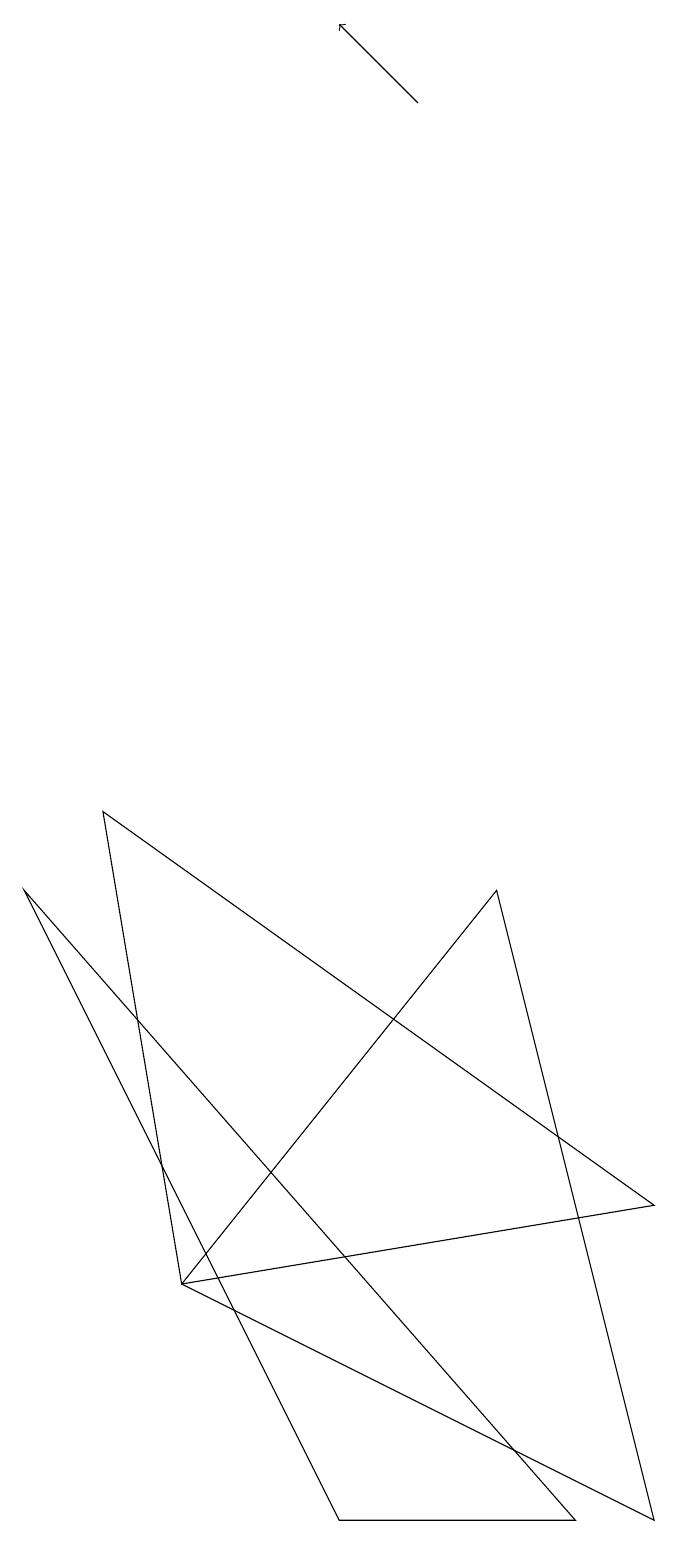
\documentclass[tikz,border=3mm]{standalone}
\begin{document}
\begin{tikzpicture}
\draw (5,0) -- (1,8) -- (8,0) -- cycle;
\draw (3,3) -- (9,4) -- (2,9) -- cycle;
\draw (9,0) -- (3,3) -- (7,8) -- cycle;
\draw[->] (6,18) -- (5,19);
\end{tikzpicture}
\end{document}